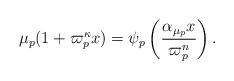
LaTeX: \begin{align*}\mu_p(1+\varpi_p^{\kappa} x) = \psi_p\left(\frac{\alpha_{\mu_p}x}{\varpi_p^n}\right). \end{align*}